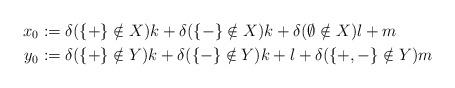
LaTeX: \begin{align*}x_0 &:= \delta(\{+\} \notin X)k + \delta(\{-\} \notin X)k + \delta(\emptyset \notin X)l + m \\y_0 &:= \delta(\{+\} \notin Y)k + \delta(\{-\} \notin Y)k + l + \delta(\{+,-\} \notin Y)m\end{align*}